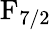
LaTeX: \mathrm{F}_{7/2}